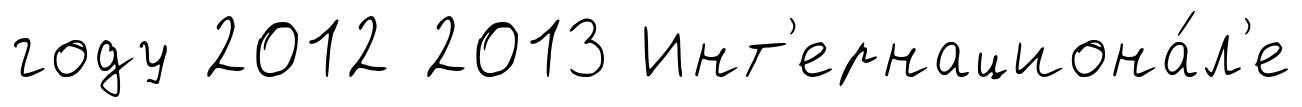
году 2012 2013 Инт'ернациона́л'е